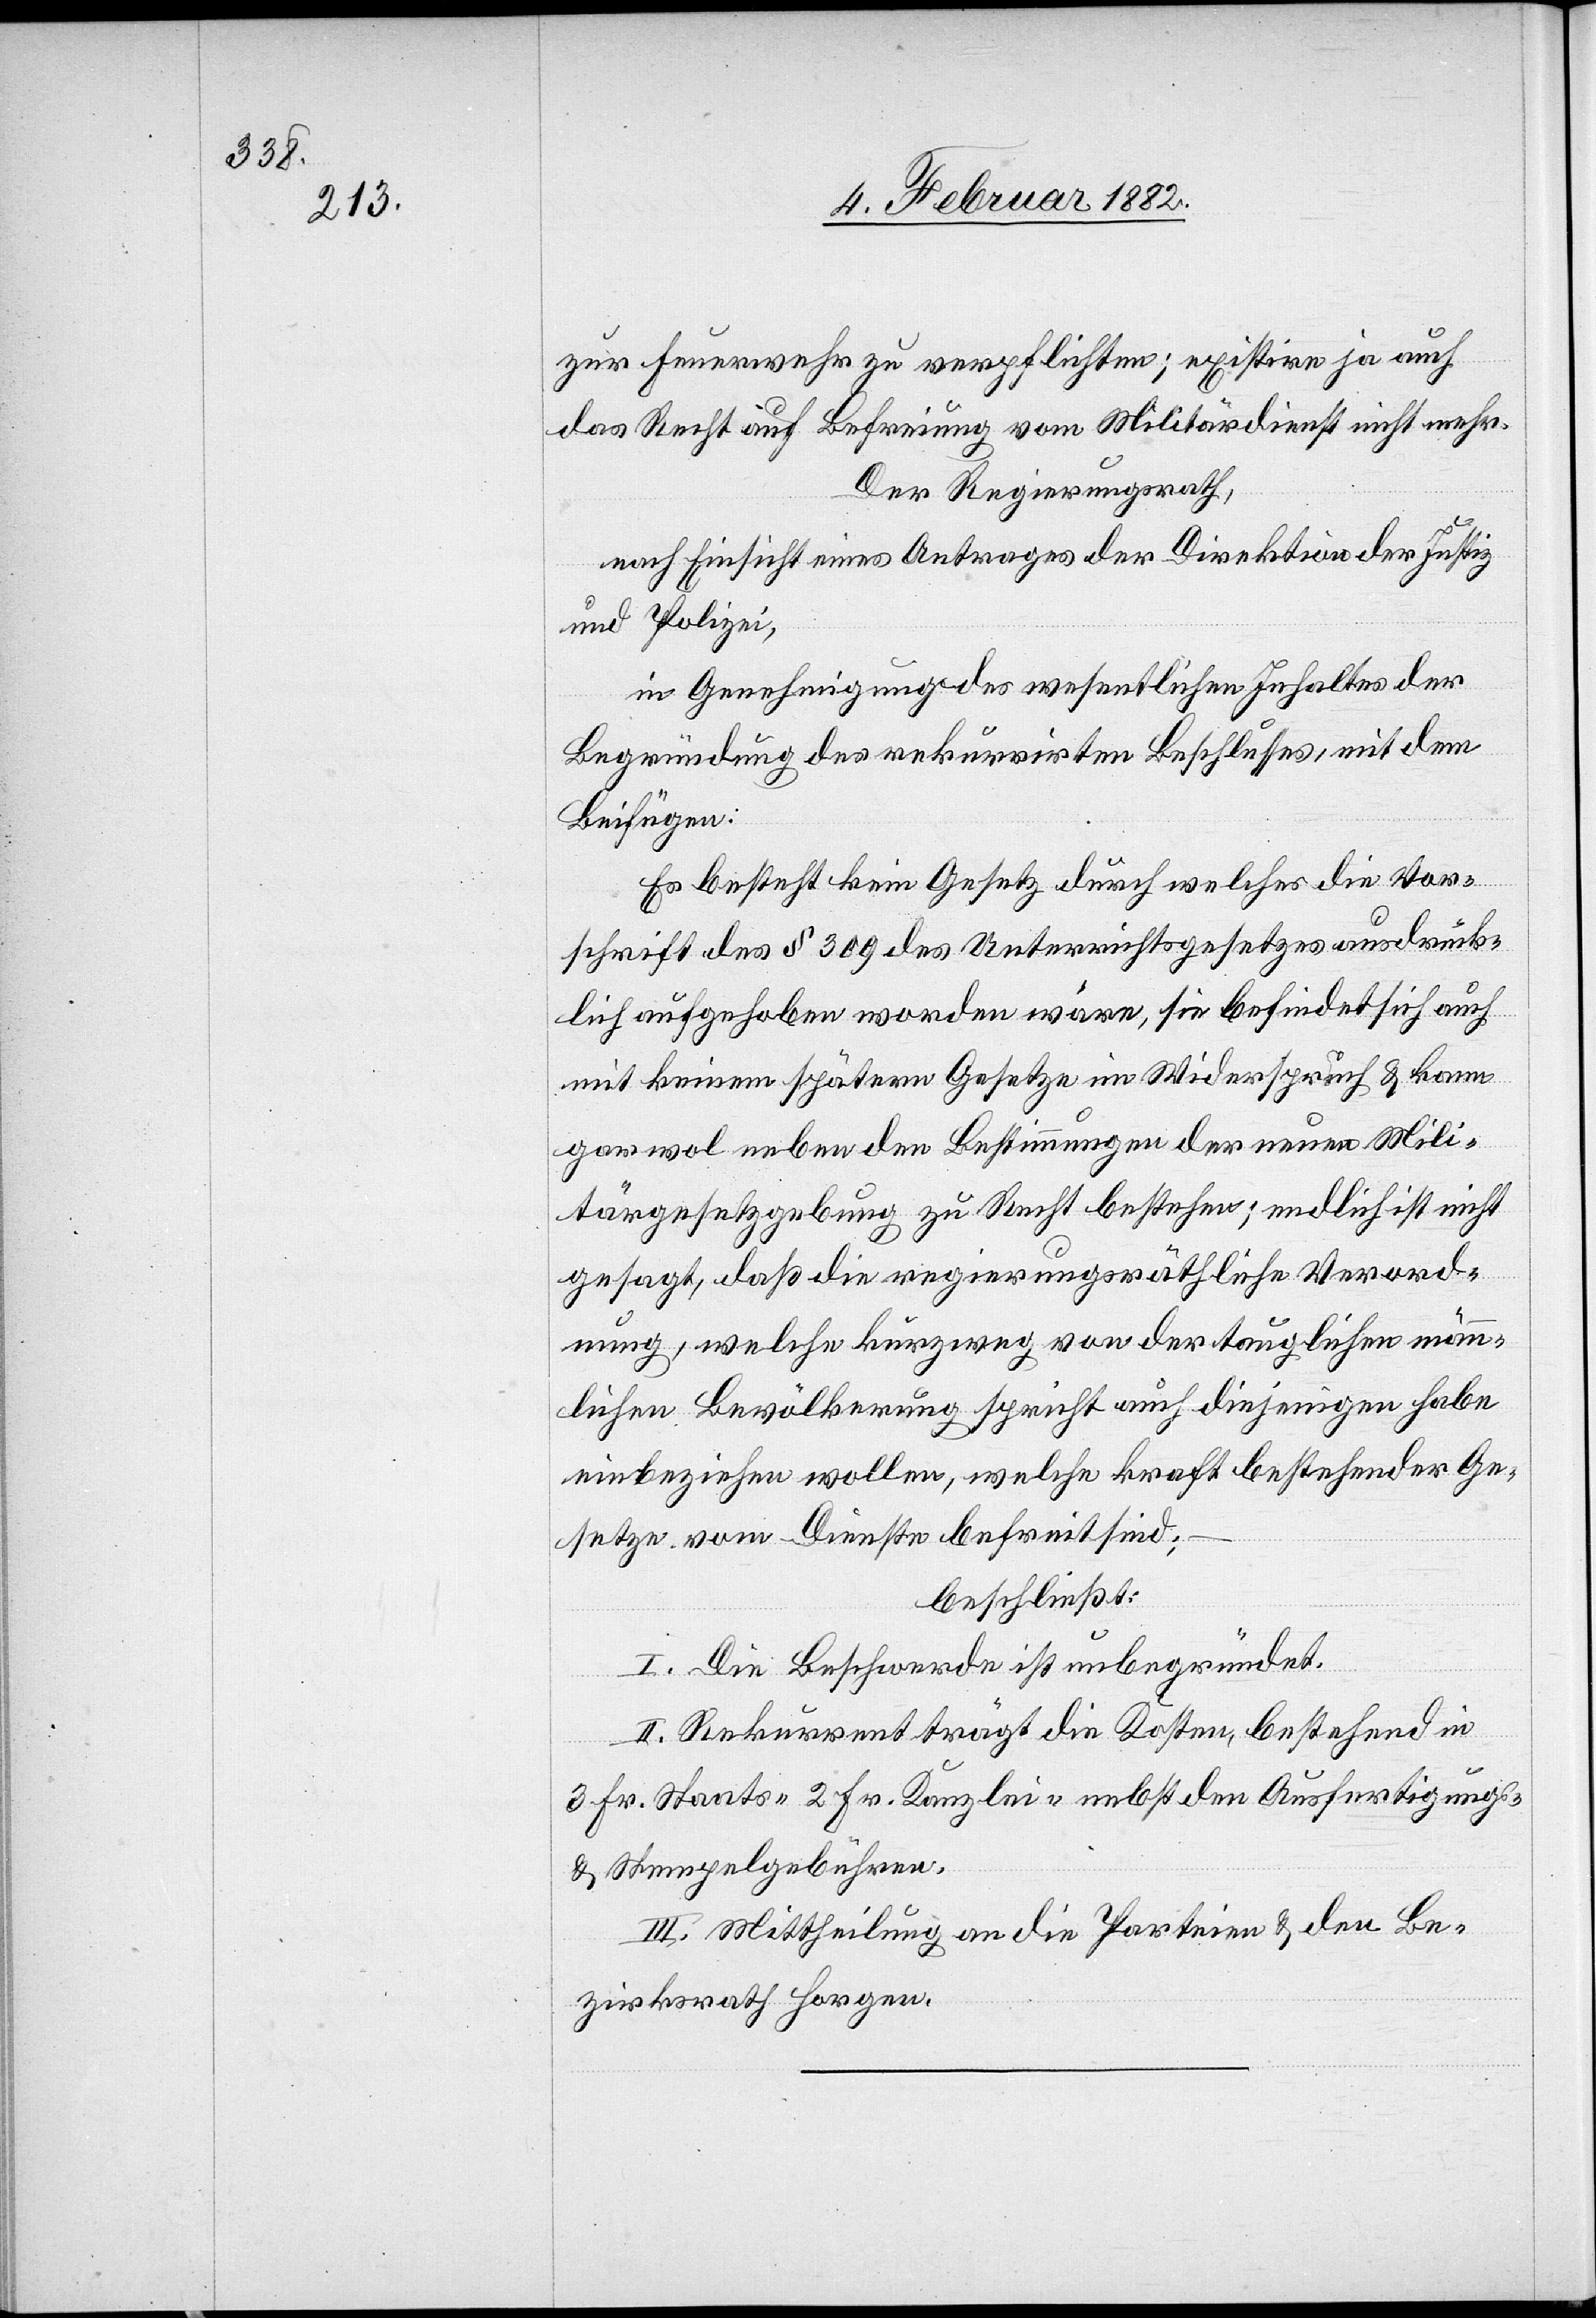
zur Feuerwehr zu verpflichten; existire ja auch
das Recht auf Befreiung vom Militärdienst nicht mehr.
Der Regierungsrath,
nach Einsicht eines Antrages der Direktion der Justiz
und Polizei,
in Genehmigung des wesentlichen Inhaltes der
Begründung des rekurrirten Beschlusses, mit dem
Beifügen:
Es besteht kein Gesetz durch welches die Vor¬
schrift des § 309 des Unterrichtsgesetzes ausdrück¬
lich aufgehoben worden wäre, sie befindet sich auch
mit keinen späteren Gesetzen in Widerspruch & kann
gar wol neben den Bestimmungen der neuen Mili¬
tärgesetzgebung zu Recht bestehen; endlich ist nicht
gesagt, daß die regierungsräthliche Verord¬
nung, welche kurzweg von der tauglichen männ¬
lichen Bevölkerung spricht auch diejenigen habe
einbeziehen wollen, welche kraft bestehender Ge¬
setze vom Dienste befreit sind;
beschließt:
I. Die Beschwerde ist unbegründet.
II. Rekurrent trägt die Kosten, bestehend in
3. Fr. Staats-[,] 2 Fr. Kanzlei- nebst den Ausfertigungs-
& Stempelgebühren.
II. Mittheilung an die Parteien & den Be¬
zirksrath Horgen.